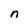
Character: n